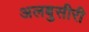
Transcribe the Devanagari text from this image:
अलबुसीरी